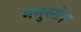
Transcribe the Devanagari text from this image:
मनुस्से।